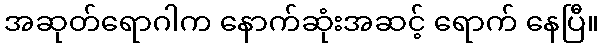
အဆုတ်ရောဂါက နောက်ဆုံးအဆင့် ရောက် နေပြီ။